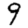
Digit: 9